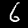
Digit: 6